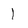
Character: l